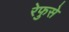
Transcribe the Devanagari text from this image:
रेफुसे